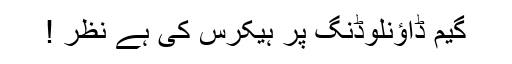
گیم ڈاؤنلوڈنگ پر ہیکرس کی ہے نظر !